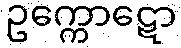
ဥက္ကောဋော